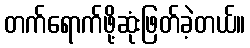
တက်ရောက်ဖို့ဆုံးဖြတ်ခဲ့တယ်။